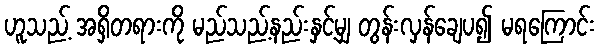
ဟူသည့် အရှိတရားကို မည်သည့်နည်းနှင့်မျှ တွန်းလှန်ချေပ၍ မရကြောင်း